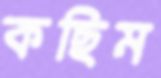
কছিম